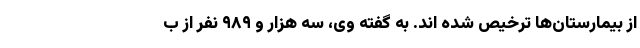
از بیمارستان‌ها ترخیص شده اند. به گفته وی، سه هزار و ۹۸۹ نفر از ب